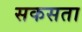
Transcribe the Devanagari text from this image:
सकसता